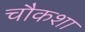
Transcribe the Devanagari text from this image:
चौकशा